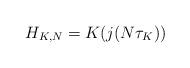
LaTeX: \begin{align*}H_{K,N}=K(j(N\tau_K))\end{align*}